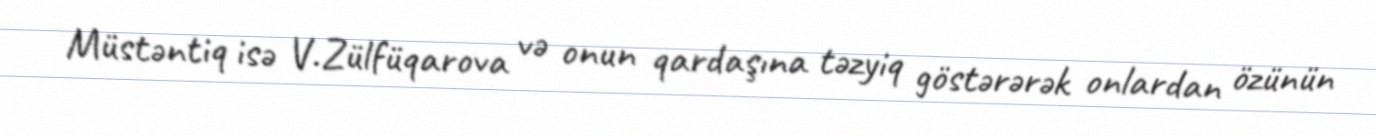
Müstəntiq isə V.Zülfüqarova və onun qardaşına təzyiq göstərərək onlardan özünün